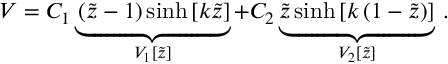
V = C _ { 1 } \underbrace { \left( \widetilde { z } - 1 \right) \sinh { \left[ k \widetilde { z } \right] } } _ { V _ { 1 } [ \widetilde { z } ] } + C _ { 2 } \underbrace { \widetilde { z } \sinh { \left[ k \left( 1 - \widetilde { z } \right) \right] } } _ { V _ { 2 } [ \widetilde { z } ] } \, . \